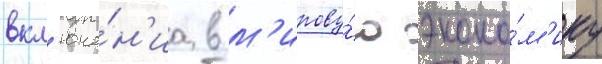
вкл'юче́н'иа в м'ирову́ю эконо́м'ику